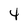
Character: 4